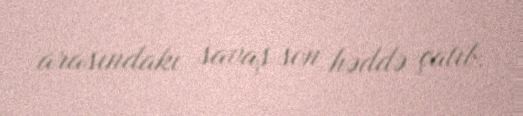
arasındakı savaş son həddə çatıb.